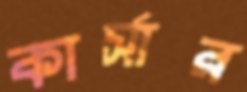
কার্সার